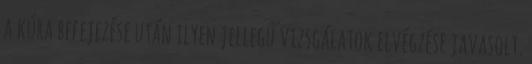
a kúra befejezése után ilyen jellegű vizsgálatok elvégzése javasolt.